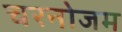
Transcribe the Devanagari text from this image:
चरनोजम